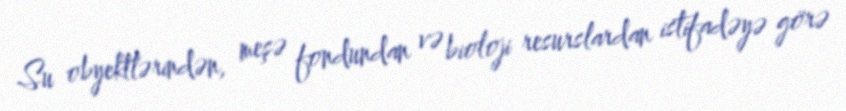
Su obyektlərindən, meşə fondundan və bioloji resurslardan istifadəyə görə